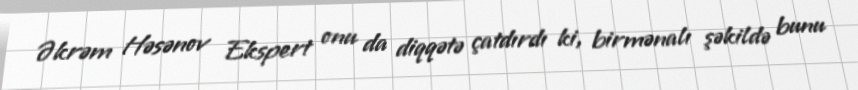
Əkrəm Həsənov Ekspert onu da diqqətə çatdırdı ki, birmənalı şəkildə bunu